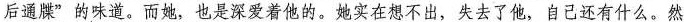
后通牒”的味道。而她，也是深爱着他的。她实在想不出，失去了他，自己还有什么。然